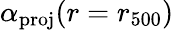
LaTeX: \alpha_{\mathrm{proj}}(r=r_{500})